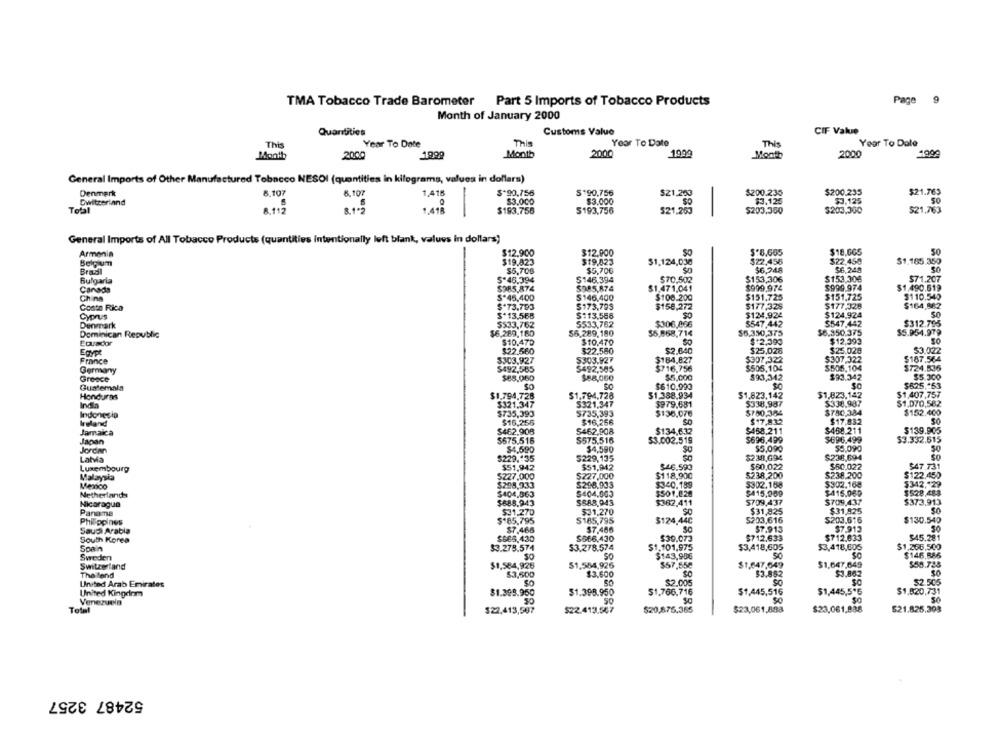
TMA Tobacco Trade Barometer Part 5 Imports of Tobacco Products
Page
9
Month of January 2000
Quantities
Customs Value
CIF Value
Year To Date
Year To Date
This
Year To Date
This
This
Month
200g
1999
Month
2000
1999
Mooth
2000
General Imports of Other Manufactured Tobacco NESOl (quentities in kilograms, values in dollars)
Denmark
8.107
8.107
1,416
$ 90,756
5 90,756
SZ1,200
$200.235
$200.235
$21.763
Os
$3.000
$3.000
$3.125
$3.125
Switzerland
Total
8.1-3
1.418
-
$193.756
5193.756
$21,263
$203,300
$203.300
$21,763
General Imports of All Tobacco Products (quantities intentionally left blank, values in dollars)
Armenia
$12.900
$12,900
So
$18,605
50
$19.823
$19,023
$22,459
$1.165.350
Belgium
$1.124,030
$22,456
$6,248
Brasil
$5,708
$5,700
$6,248
50
Bulgaria
$-46.394
$146.394
$70,502
$153,306
$153,30€
$71.207
Canada
$285,874
$985,874
$1,471,041
$999.974
$999.974
$1.490.619
China
$*45,400
5146,400
$100.200
$151.725
$151.725
$110.545
$173,793
$177,328
$177.328
$164,882
Costa Rica
$*73.793
$158,272
Cyprus
$* 13,568
5-13,568
50
$124,924
$124.924
50
Denmark
$$33,762
5533.762
$306,896
$547.442
$547.442
$312.795
Dominican Republic
$6.289,180
56.289,180
$5,868,714
$6,350,375
$8.350.375
$5.954.979
Ecuador
$10,470
$10.470
$2,399
$12.393
$22.560
$22.580
$2.640
$25,028
$25,028
Egypt
$3.022
France
$303.927
$303.927
$184,827
$307 .322
$307,322
$187.564
Germany
$492,565
5492.505
$716.756
$505,104
$506.104
3724.535
Greece
$88,060
$88,060
$5,000
$93,342
$93.342
$5.300
Guatemala
$610,990
$1.388.934
$1,823.142
$1,823.142
$1,407,757
$825 ,- 63
Honduras
$1,794,728
$1,794,728
$338.987
India
$321.347
5321.347
$979.681
$338,937
$1.070,582
Indonesia
$735,393
5735,393
$135,070
$780,384
$780,384
$152.400
Ireland
$16,255
$16,256
SO
$17.832
$17.832
SO
Jamaica
$462.908
5462,908
$134.632
$458.211
$458.211
$139.905
$696.499
Japan
$675.516
5575.516
$3.002.519
$696,499
$3.332.515
Jordan
$4,590
$4,590
$5,090
50
Latvia
$229.135
5229,135
$238,694
$238,694
Luxembourg
$51,942
$51,942
$46.590
$60.022
$50.022
$47.731
5227.000
$227,000
$118,900
$238,200
$238.200
$122.450
Malaysia
$302.168
$302.168
Menco
$298,933
$298.903
$340.189
$342 .- 29
Netherlands
$404.063
$404.003
$501.028
$415,909
$415.060
$528,488
Nicaragua
$688.943
$888.943
$362.411
5709,437
$709,437
$373.913
Panama
$31.270
$31,270
$31,825
$ 85,795
$185,795
$124,440
5203,616
$203.516
$130.540
Philippines
Saudi Arabia
$7.468
$7.466
$7.913
$7.913
South Korea
$668.430
$566,430
$39,073
$712.633
$712.633
$45.281
Spain
$3.278.574
$3.278.574
$1.101,975
$3,418,605
$3,418,605
$1.266,500
Sweden
SO
SO
$143,906
50
$146.885
Switzerland
$1,584,925
$1,554,926
$57,55€
$1,647,649
$1,647,649
$58.728
$3.600
$3.852
SO
Thatend
$3,500
$3.862
United Arab Emirates
$2.005
$2.505
United Kingdom
$1.399.950
$1.398.950
$1.766.716
$1,445,516
$1,445,5*6
$1,820.731
Venezuela
SO
Total
$21.825.393
$22,413,597
$22.413.567
$20,875,365
$23,061,888
$23,061,888
52487 3257